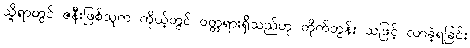
သို့ရာတွင် ဇနီးဖြစ်သူက ကိုယ့်တွင် ဝတ္တရားရှိသည်ဟု တိုက်တွန်း သဖြင့် လာခဲ့ရခြင်း